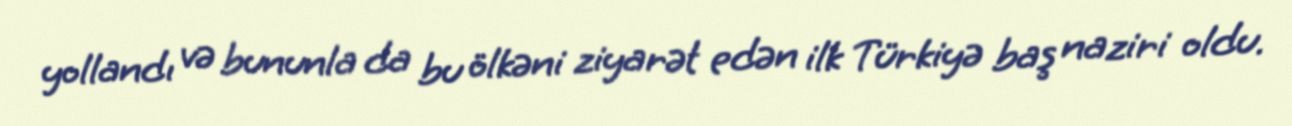
yollandı və bununla da bu ölkəni ziyarət edən ilk Türkiyə baş naziri oldu.